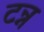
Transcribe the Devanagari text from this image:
टन्न